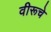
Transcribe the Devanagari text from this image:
वीरूचे